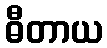
ဓီတာယ